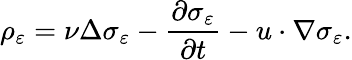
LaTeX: \rho_{\varepsilon}=\nu\Delta\sigma_{\varepsilon}-\frac{\partial\sigma_{\varepsilon}}{\partial t}-u\cdot\nabla\sigma_{\varepsilon}.